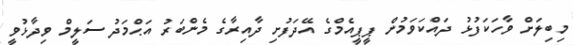
މިބިލަށް ވާހަކަފުޅު ދައްކަވަމުން ޕީޕީއެމްގެ އޭދަފުށި ދާއިރާގެ މެންބަރު އަޙްމަދު ސަލީމް ވިދާޅުވީ